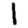
Digit: 1